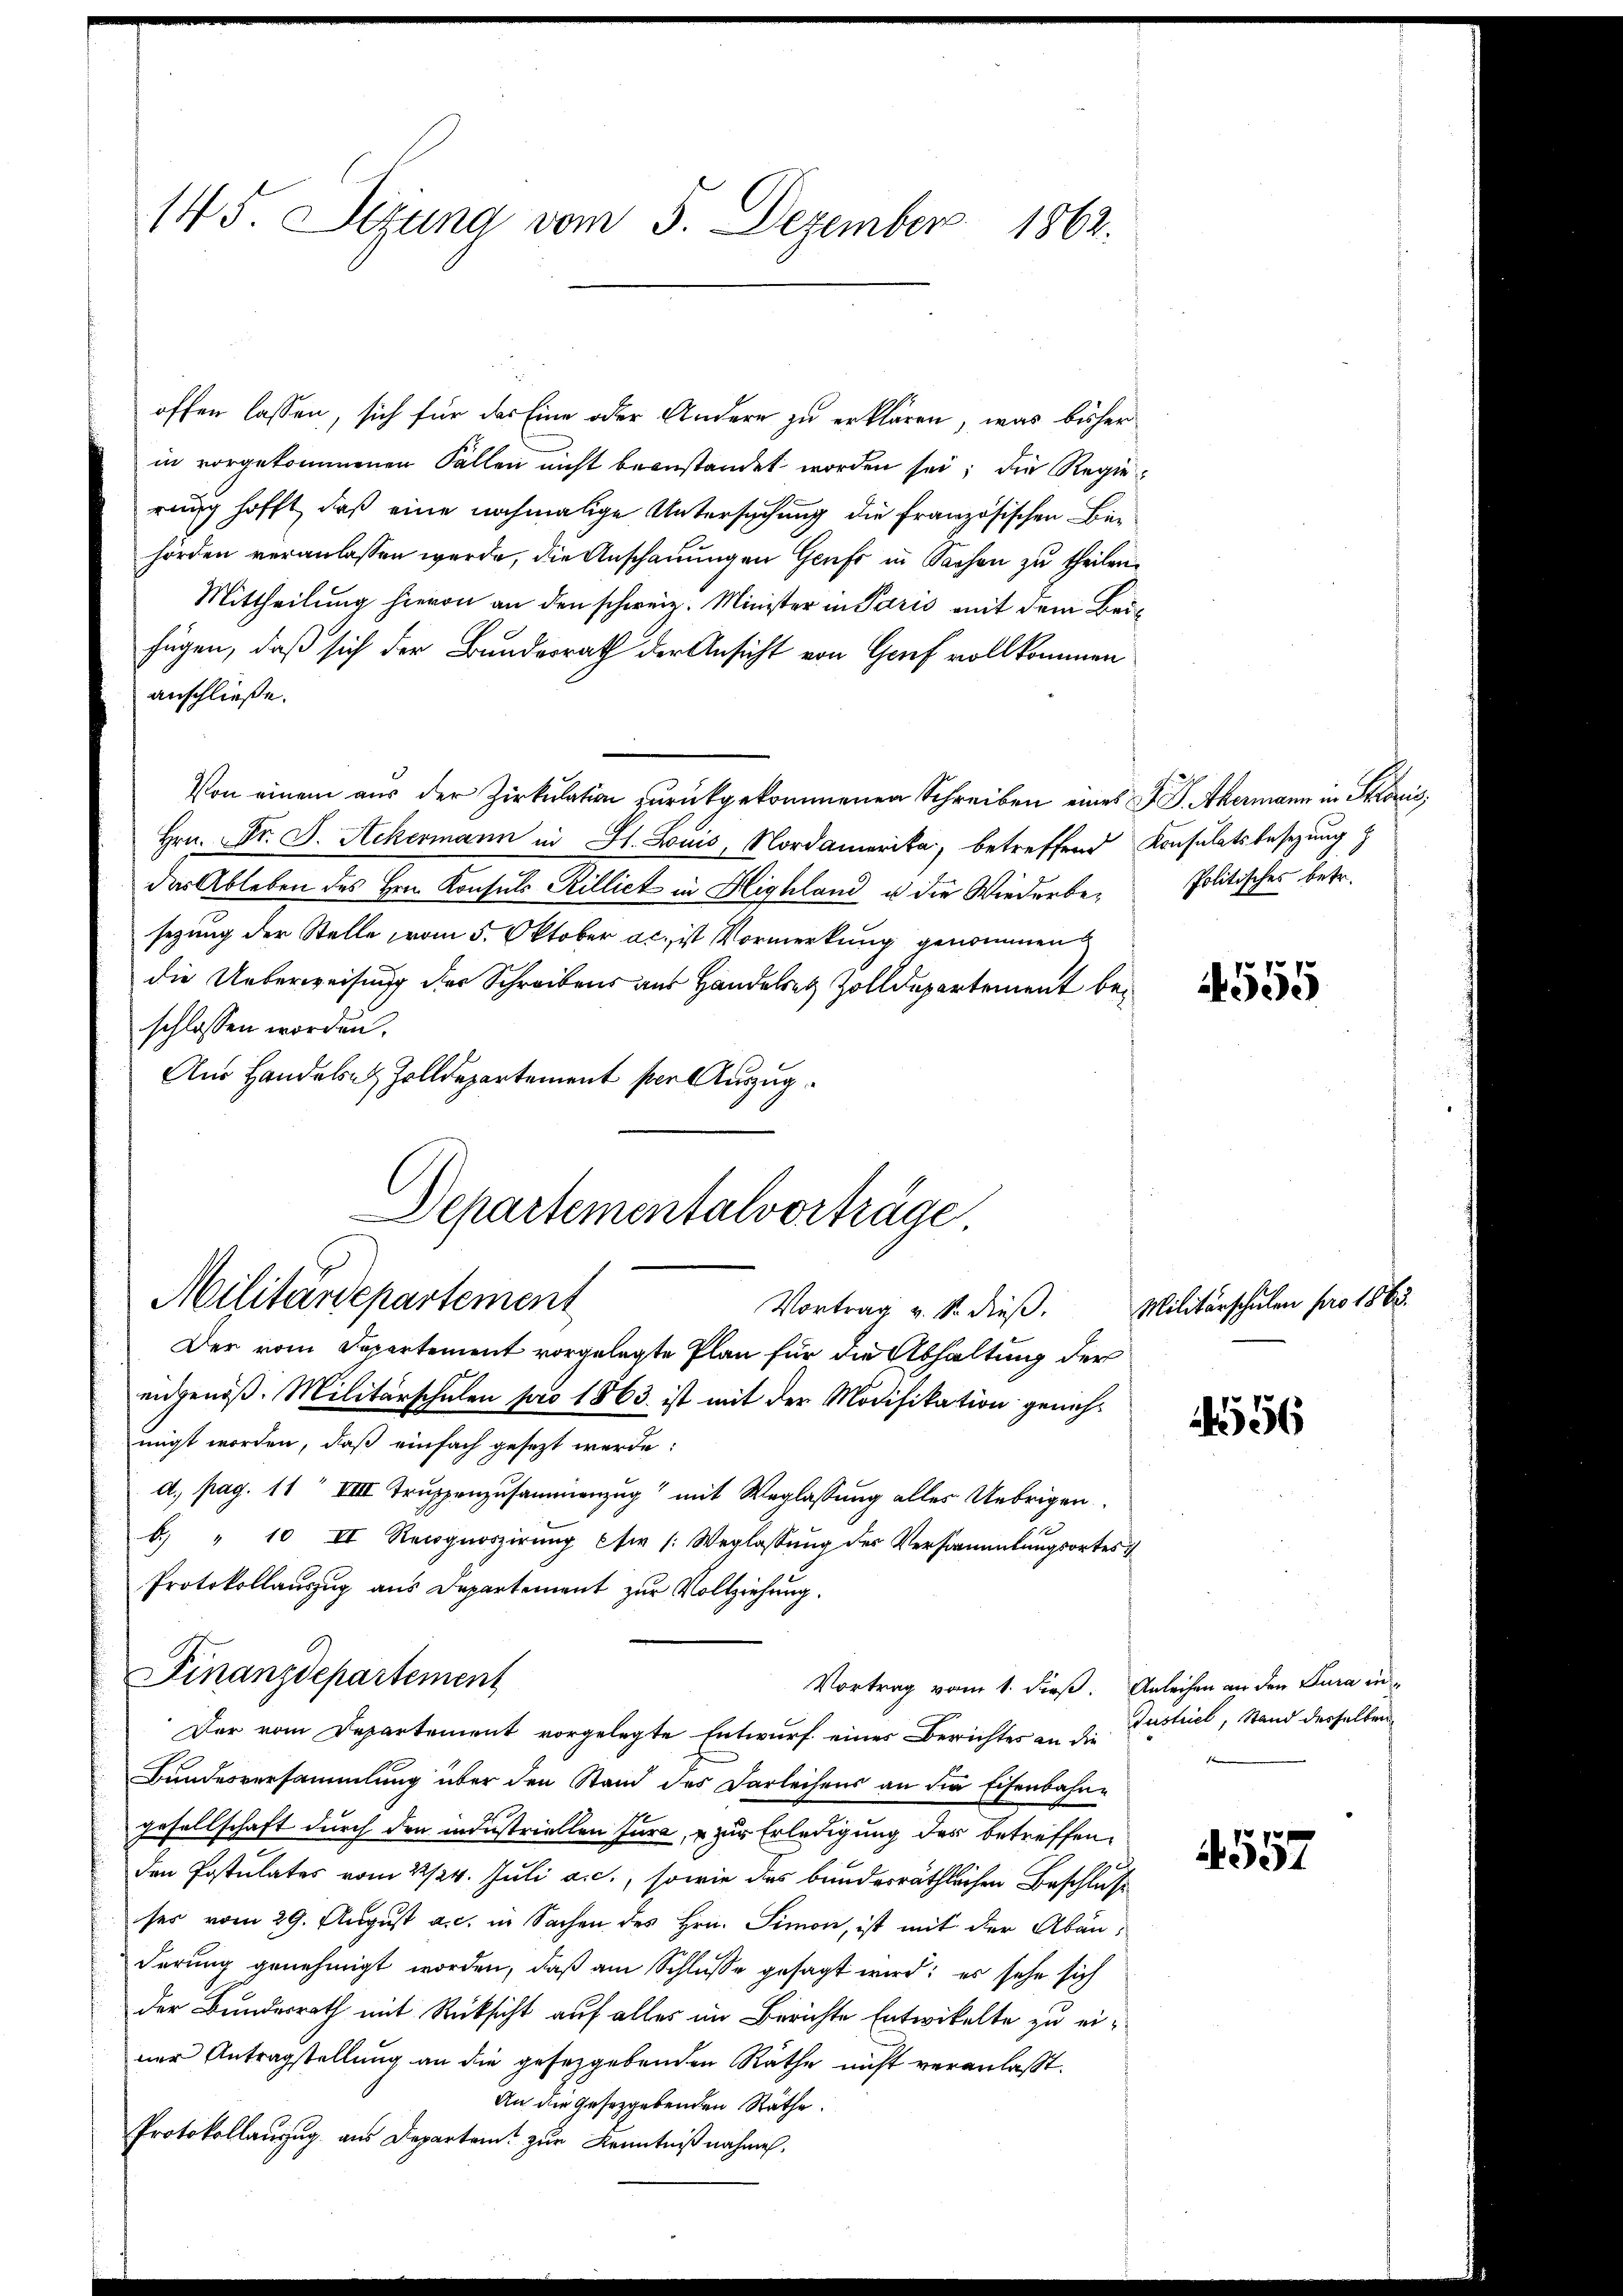
145. Sizung vom 5. Dezember 1862.

offen lassen, sich für das Eine oder Andern zu erklären, was bisher
in vorgekommenen Fallen nicht beanstandet worden sei; die Regierung hofft, daß eine nochmalige Untersuchung die französischen Bürhörden veranlassen werde, die Anschauungen Genf in Sachen zu theilen.
Mittheilung hievon an den schweiz. Minister in Paris mit dem Beifügen, daß sich der Bundesrath der Ansicht von Graf vollkommen
anschließe.
Von einem aus der Zirkŭlation zurückgekommenen Schreiben eines F. P. Akermann in Stroris,
Hrn. Dr. S. Ackermann in St. Louis Nordamerika, betreffend Konsulats besetzung z
das Ableben des Hrn. Konsuls Rillict in Highland u. die Wiederbesezung der Stelle vom 5. Oktober ac. ist Vormerkung genommen
die Ueberweisung der Schreibens aus Handersetz Zolldepartement beschlossen worden.
Au Handels- & Zolldepartement per Auszug
Departementalvorträge.

Militärdepartement
Vortrag v. S. dieß.

Der vom Departement vorgelegte Plan für die Abhaltung der
eidgenöß: Militärschulen pro 1863 ist mit der Modifikation genehmigt worden, daß einfach gesezt werde:
d. pag. 11 VIII Truppenzusammenzug mit Weglassung alles Uebrigen
b. " 10 II Recognoszirŭng er /: Weglassŭng der Versammlungsortes u
Protokollauszug aus Departement zur Vollziehung.
Bundesversammlung über den Stand des Darleihens an die Eisenbahn-
gesellschaft durch den industriellen Jura, u zur Erledigung des betreffenden Postulates vom 22/24. Juli a.c., sowie das bunderräthlichen Beschlus
ses vom 29. August a. c. in Sachen des Hrn. Simon, ist mit der Abänderung genehmigt worden, daß am Schlusse gesagt wird; es sehe sich
der Bundesrath mit Rücksicht auf alles im Berichte Entwickelte zu einer Antragstellung an die gesetzgebenden Räthe nicht veranlaßt.
An die gesetzgebenden Räthe.
Protokollanzug aus Departamt zur Kenntnißnahmen.

Finanzdepartement

Der vom Departement vorgelegte Entwurf eines Berichter an 2. Austriel, Stand derselben

Politisches betr.

555

Militärschulen pro 1865.

56

Vortrag vom 1. dieß. Anleihen an den Jura in

4557